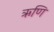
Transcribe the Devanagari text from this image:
ऋणि